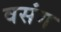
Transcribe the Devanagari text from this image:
वसंग